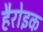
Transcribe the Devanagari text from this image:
हैरोइक